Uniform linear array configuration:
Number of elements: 4
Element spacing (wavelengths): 1
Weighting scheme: cosine
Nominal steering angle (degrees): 15
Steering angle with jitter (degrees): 16.542
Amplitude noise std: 0.05
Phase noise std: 0.05

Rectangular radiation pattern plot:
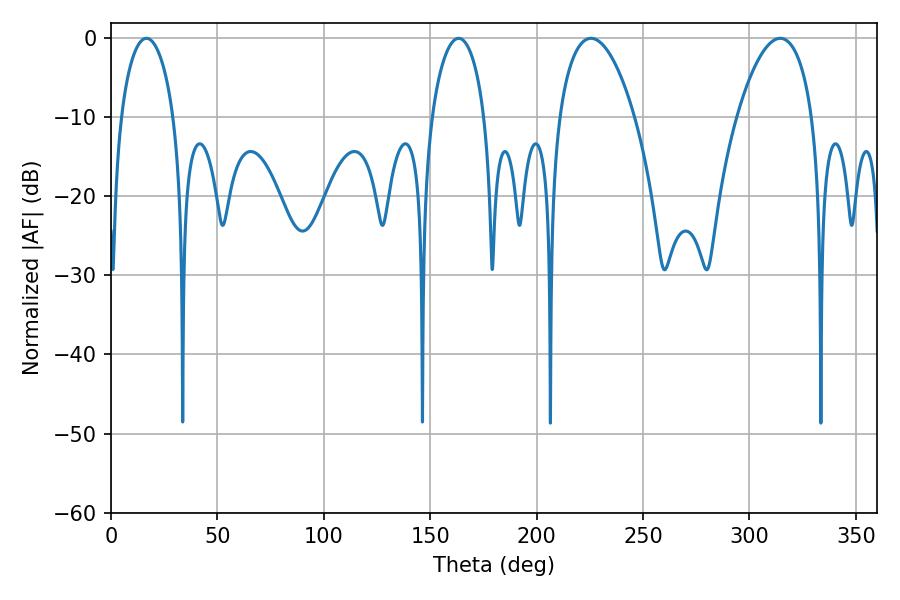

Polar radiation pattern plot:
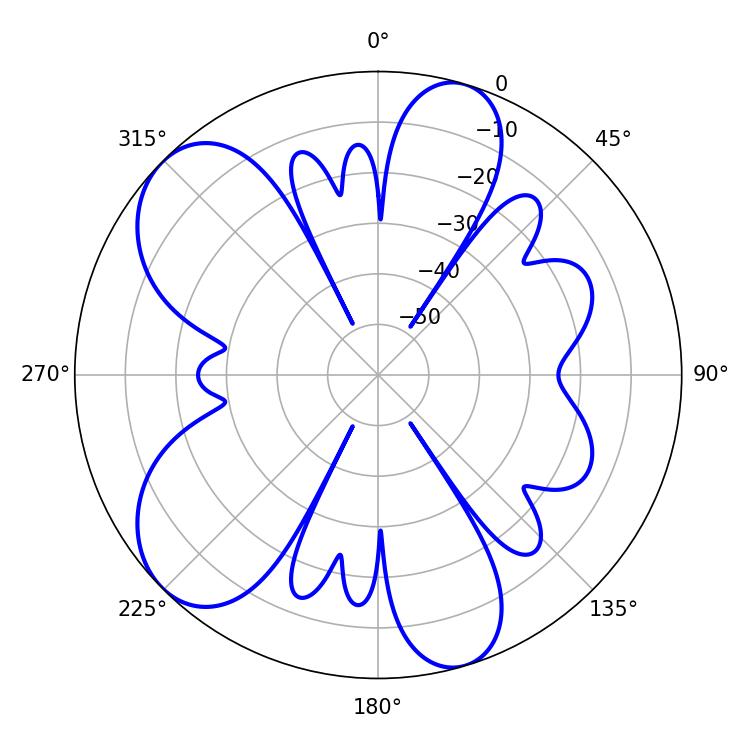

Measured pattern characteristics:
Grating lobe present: TRUE
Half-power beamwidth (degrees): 19.8
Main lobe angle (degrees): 225.54